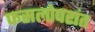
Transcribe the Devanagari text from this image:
फसलोपरांत